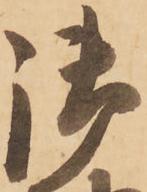
御